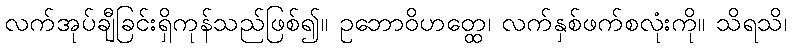
လက်အုပ်ချီခြင်းရှိကုန်သည်ဖြစ်၍။ ဥဘောဝိဟတ္ထေ၊ လက်နှစ်ဖက်စလုံးကို။ သိရသိ၊